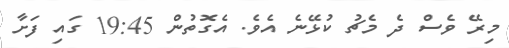
މިރޭ ވެސް ދެ މެޗު ކުޅޭނެ އެވެ. އެގޮތުން 19:45 ގައި ފަށާ